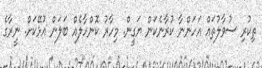
ތިކުރި ސުވާލުތައް އަހަންނާ ކުރާނެކަން ޔަގީން. މިހާރު ކޮންހާލެއް ބަލަން އުޅޭކަށް. ނީރާގެ